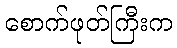
စောက်ဖုတ်ကြီးက